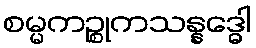
စမ္မကဉ္စုကသန္နဒ္ဓေါ